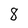
Character: 8